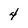
Character: 4